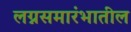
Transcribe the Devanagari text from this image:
लग्नसमारंभातील